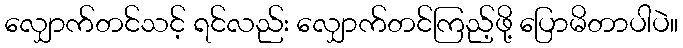
လျှောက်တင်သင့် ရင်လည်း လျှောက်တင်ကြည့်ဖို့ ပြောမိတာပါပဲ။